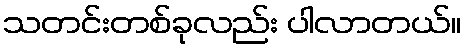
သတင်းတစ်ခုလည်း ပါလာတယ်။